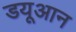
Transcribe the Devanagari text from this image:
डयूआन